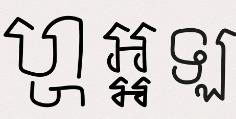
ហ្ហ អ្អ ឡ